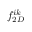
f _ { 2 D } ^ { i k }